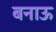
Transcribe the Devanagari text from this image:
बनाऊ